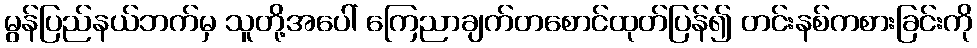
မွန်ပြည်နယ်ဘက်မှ သူတို့အပေါ် ကြေညာချက်တစောင်ထုတ်ပြန်၍ တင်းနစ်ကစားခြင်းကို